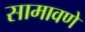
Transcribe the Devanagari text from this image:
सामावणे